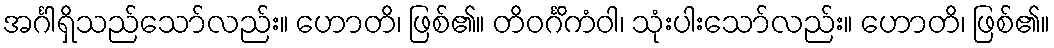
အင်္ဂါရှိသည်သော်လည်း။ ဟောတိ၊ ဖြစ်၏။ တိဝင်္ဂိကံဝါ၊ သုံးပါးသော်လည်း။ ဟောတိ၊ ဖြစ်၏။